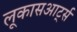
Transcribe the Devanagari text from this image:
लूकासआर्ट्स